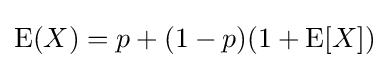
\operatorname {\mathrm {E} } (X)=p+(1-p)(1+\mathrm {E} [X])